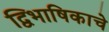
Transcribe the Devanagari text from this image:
द्विभाषिकाचे